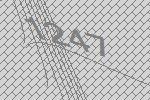
1247